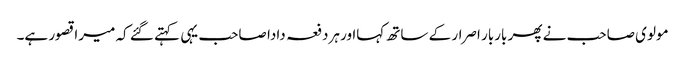
مولوی صاحب نے پھر باربار اصرار کے ساتھ کہااور ہردفعہ دادا صاحب یہی کہتے گئے کہ میرا قصور ہے۔